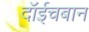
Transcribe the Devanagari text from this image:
दॉईचबान